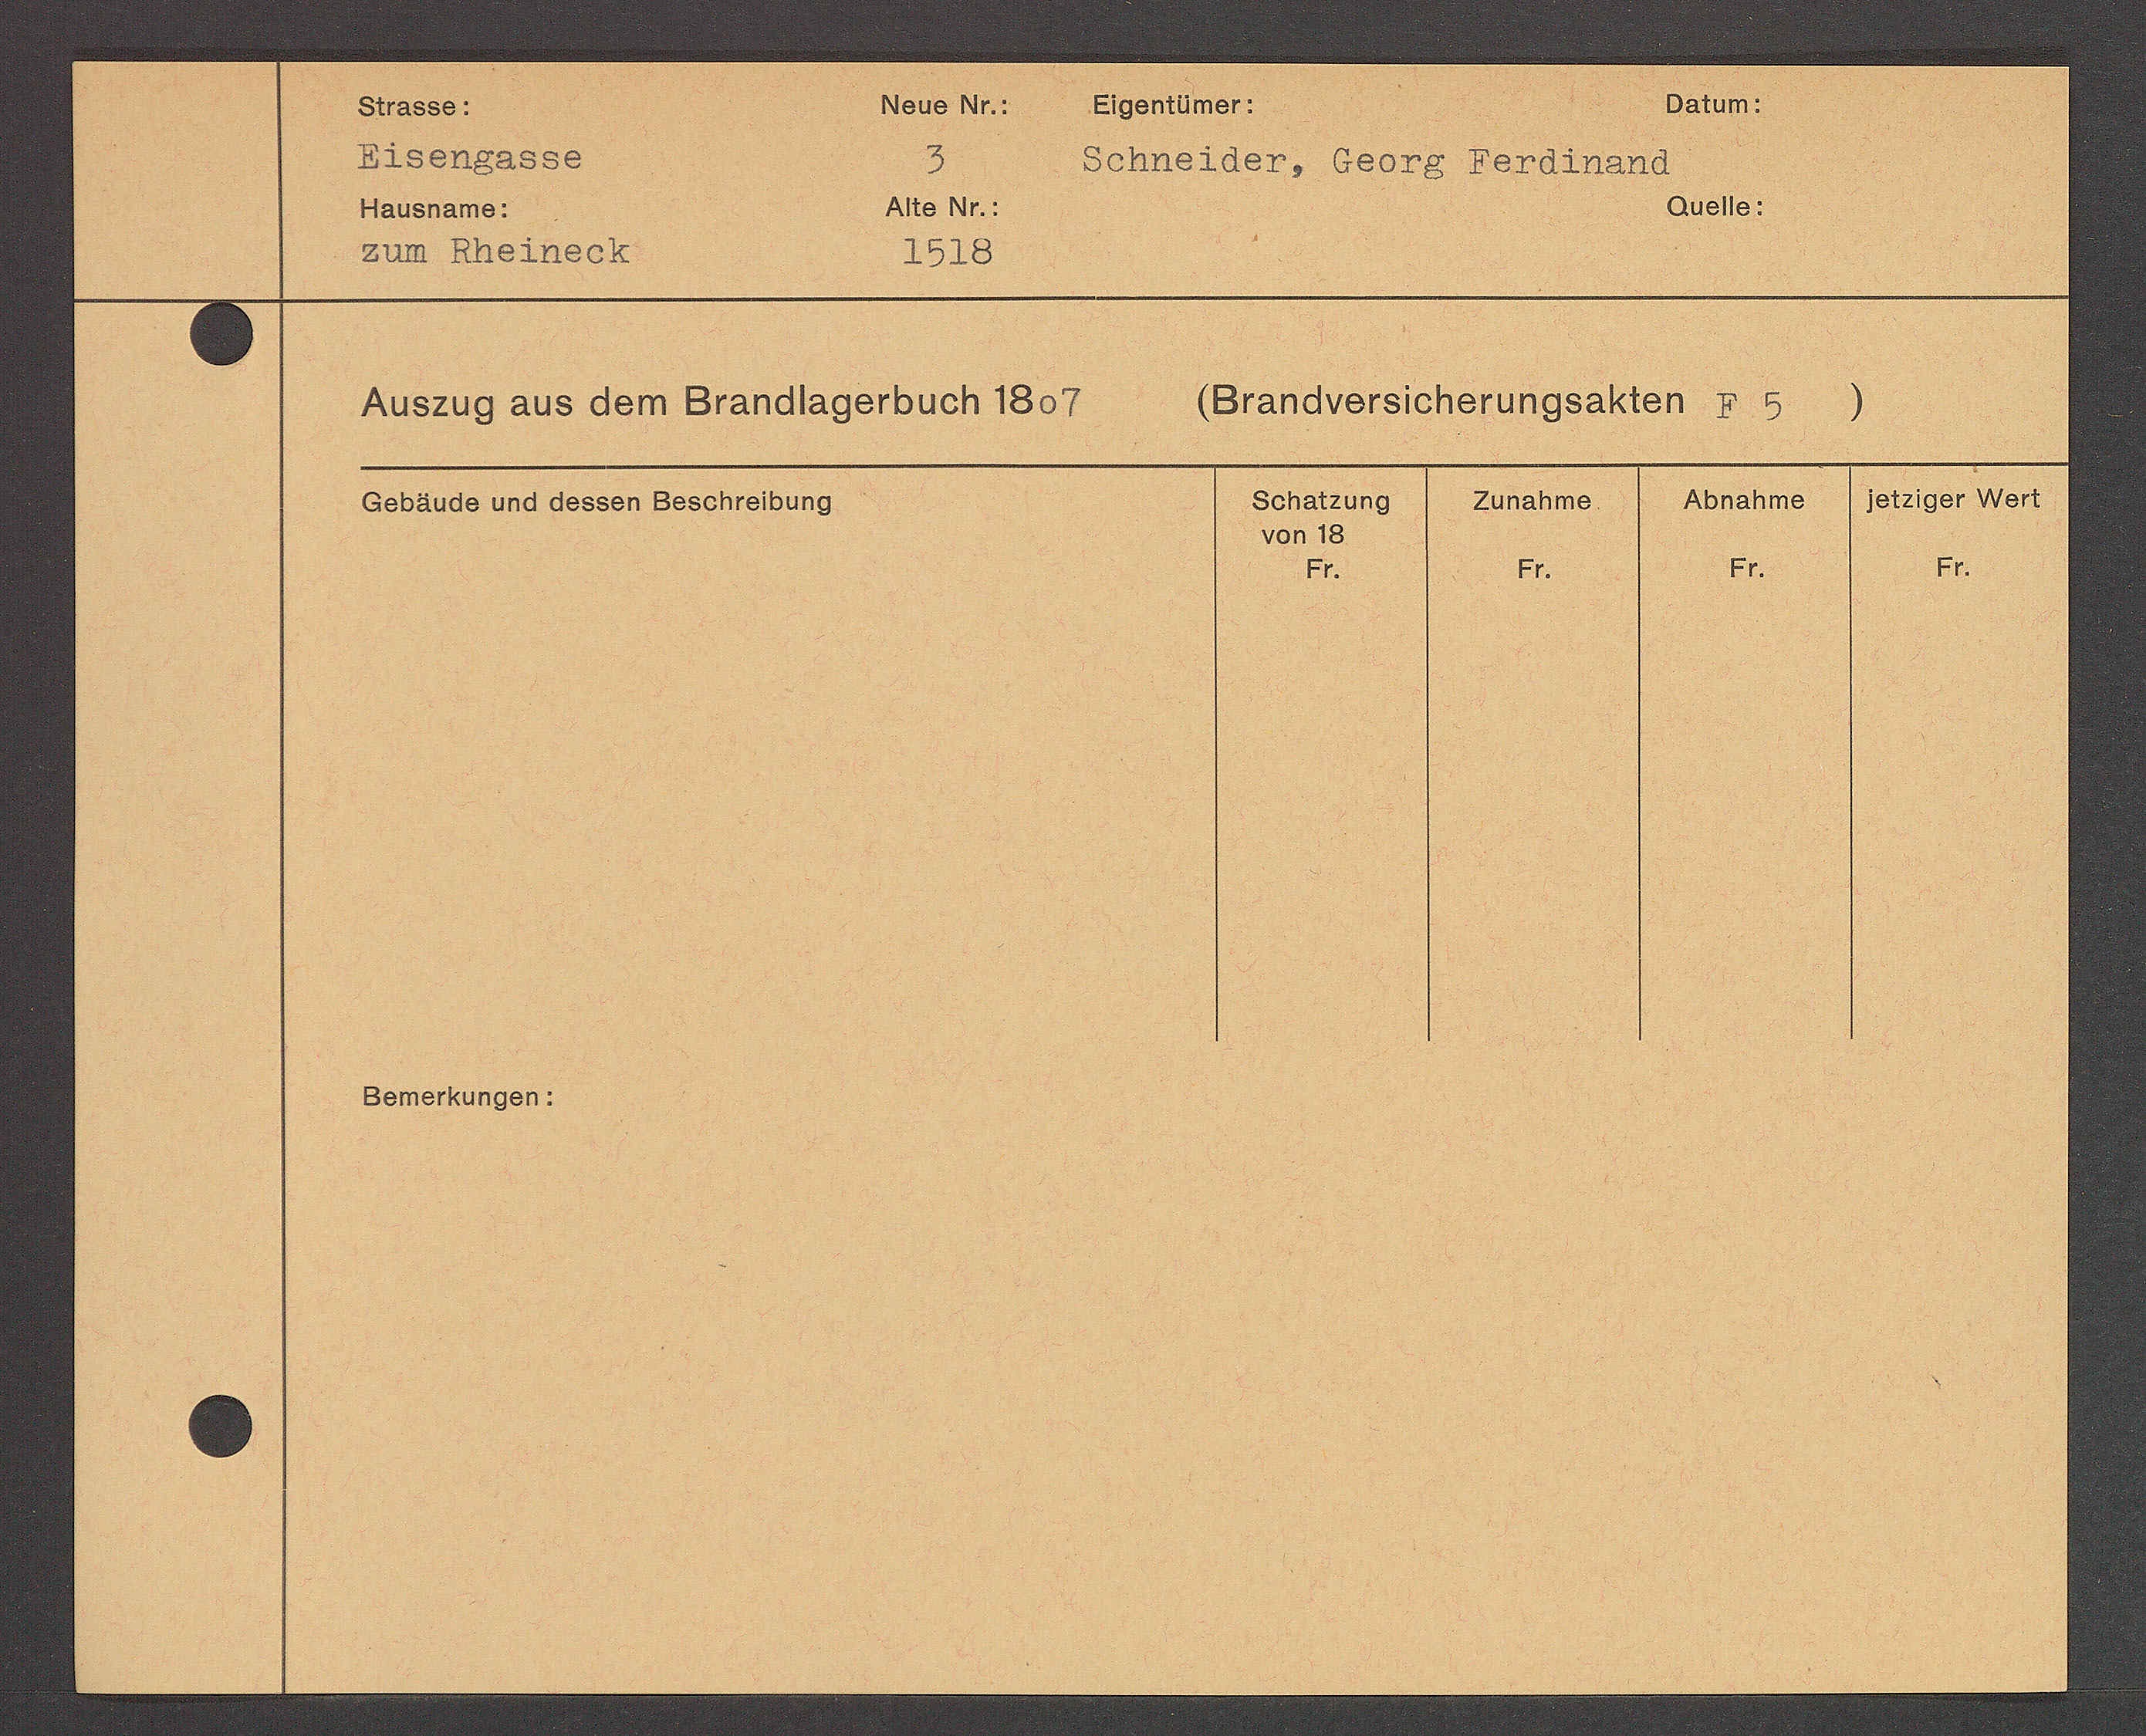
Transcript:
onatki

3
ER SOASAS50
ScRASTADT BADTB BDTAUNDBA
1440 4.
Ao110:
112451 A10.
BU RDDTADER.
2520

DANADISCHSRUNGSAREER B 5
H45249 AAS AOR STANDDGSNDBUCHBDo)
)
10121001 N01
1542/ 1540
244a 140
56tat 2440
CObAudo Nd doSSOt BASEUNDBUC
401 13
84.
6.
84.
24.